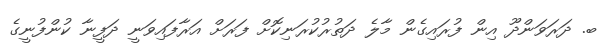
ބ. ދަރަވަންދޫ އިން ފުރައިގެން މާލެ ދަތުރުކުރަނިކޮށް ފަރަށް އަރާފައިވަނީ ދަފީނާ ކުންފުނީގެ